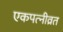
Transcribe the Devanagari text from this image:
एकपत्‍नीव्रत